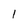
Character: l